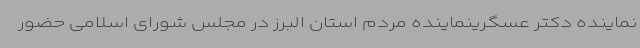
نماینده دکتر عسگرینماینده مردم استان البرز در مجلس شورای اسلامی حضور